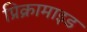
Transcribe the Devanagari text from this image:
प्रिक्रामाइड